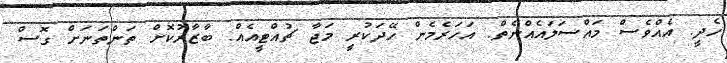
ހެދީ. އެއްވެސް މައްސަލައެއްނެތް. އަހަރެމެން ހޭދަކުރީ މަޖާ ޗުއްޓީއެއް. ބާޒާރުކޮށް ތަންތަނަށް ގޮސް